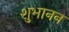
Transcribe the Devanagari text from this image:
शुभानन